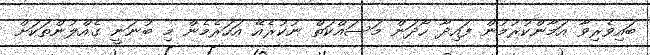
ބައިވެރިވާ އަމާންކުރުމުން ފައިދާ ހޯދަން މަސައްކަތް ނުކުރެއޭ އަހަރެމެން މި ބުނަނީ ގެއްލުންތަކަށް